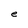
Character: e